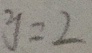
y = 2